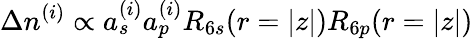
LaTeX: \Delta n^{(i)}\propto a_{s}^{(i)}a_{p}^{(i)}R_{6s}(r=|z|)R_{6p}(r=|z|)